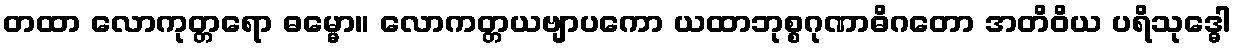
တထာ လောကုတ္တရော ဓမ္မော။ လောကတ္တယဗျာပကော ယထာဘုစ္စဂုဏာဓိဂတော အတိဝိယ ပရိသုဒ္ဓေါ